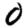
Digit: 0